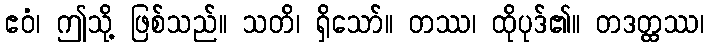
ဧဝံ၊ ဤသို့ ဖြစ်သည်။ သတိ၊ ရှိသော်။ တဿ၊ ထိုပုဒ်၏။ တဒတ္ထဿ၊